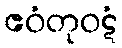
ဧဝံတုဝဋံ